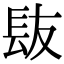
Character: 𮣹